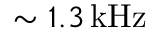
\sim 1 . 3 \, \mathrm { k H z }